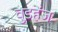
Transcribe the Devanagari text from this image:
वुडहेंज